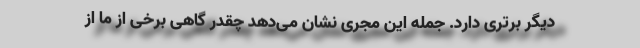
دیگر برتری دارد. جمله این مجری نشان می‌دهد چقدر گاهی برخی از ما از